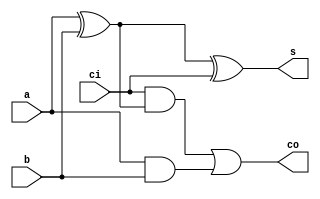
////////////////////////////////////////////////////////////////////////////////                                          
// SPDX-FileCopyrightText: 2022, Jure Vreca                                   //                                          
//                                                                            //                                          
// Licenseunder the Apache License, Version 2.0(the "License");               //                                          
// you maynot use this file except in compliance with the License.            //                                           
// You may obtain a copy of the License at                                    //                                          
//                                                                            //                                          
//      http://www.apache.org/licenses/LICENSE-2.0                            //                                          
//                                                                            //                                          
// Unless required by applicable law or agreed to in writing, software        //                                          
// distributed under the License is distributed on an "AS IS" BASIS,          //                                          
// WITHOUT WARRANTIES OR CONDITIONS OF ANY KIND, either express or implied.   //                                          
// See the License for the specific language governing permissions and        //                                          
// limitations under the License.                                             //                                          
// SPDX-License-Identifier: Apache-2.0                                        //                                          
// SPDX-FileContributor: Jure Vreca <jurevreca12@gmail.com>                   //                                          
////////////////////////////////////////////////////////////////////////////////      
////////////////////////////////////////////////////////////////////////////////
//                                                                            //
//                                                                            //
//                                                                            //
// Design Name:    full_adder_1b.v                                            //
// Project Name:   riscv-jedro-1                                              //
// Language:       Verilog                                                    //
//                                                                            //
// Description:    A 1 bit full adder circuit.                                //
//                                                                            //
////////////////////////////////////////////////////////////////////////////////



module full_adder_1b(
	input a,
	input b,
	input ci,
	output s,
	output co
	);

	wire sum;

	assign sum = a ^ b;
	assign s   = sum ^ ci;
	assign co  = (ci & sum) | (a & b);

endmodule